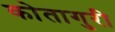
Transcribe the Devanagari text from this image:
कोतागुरी